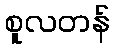
စူလတန်